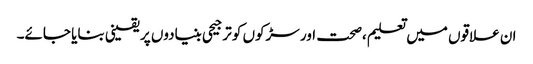
ان علاقوں میں تعلیم ،صحت اور سڑکوں کو ترجیحی بنیادوں پر یقینی بنایا جائے۔